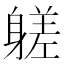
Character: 𨉶